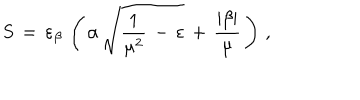
S \, = \, \varepsilon _ { \beta } \, \left( \, \alpha \, \sqrt { \frac { 1 } { \mu ^ { 2 } } \, - \, \varepsilon } \, + \, \frac { | \beta | } { \mu } \, \right) \, { , }